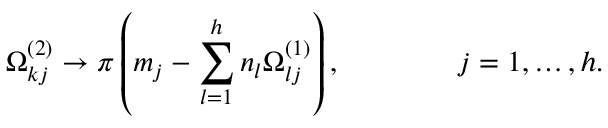
\Omega _ { k j } ^ { ( 2 ) } \to \pi \left( m _ { j } - \sum _ { l = 1 } ^ { h } n _ { l } \Omega _ { l j } ^ { ( 1 ) } \right) , \qquad \qquad j = 1 , \ldots , h .